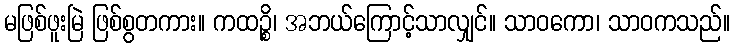
မဖြစ်ဖူးမြဲ ဖြစ်စွတကား။ ကထဉ္စိ၊ အဘယ်ကြောင့်သာလျှင်။ သာဝကော၊ သာဝကသည်။